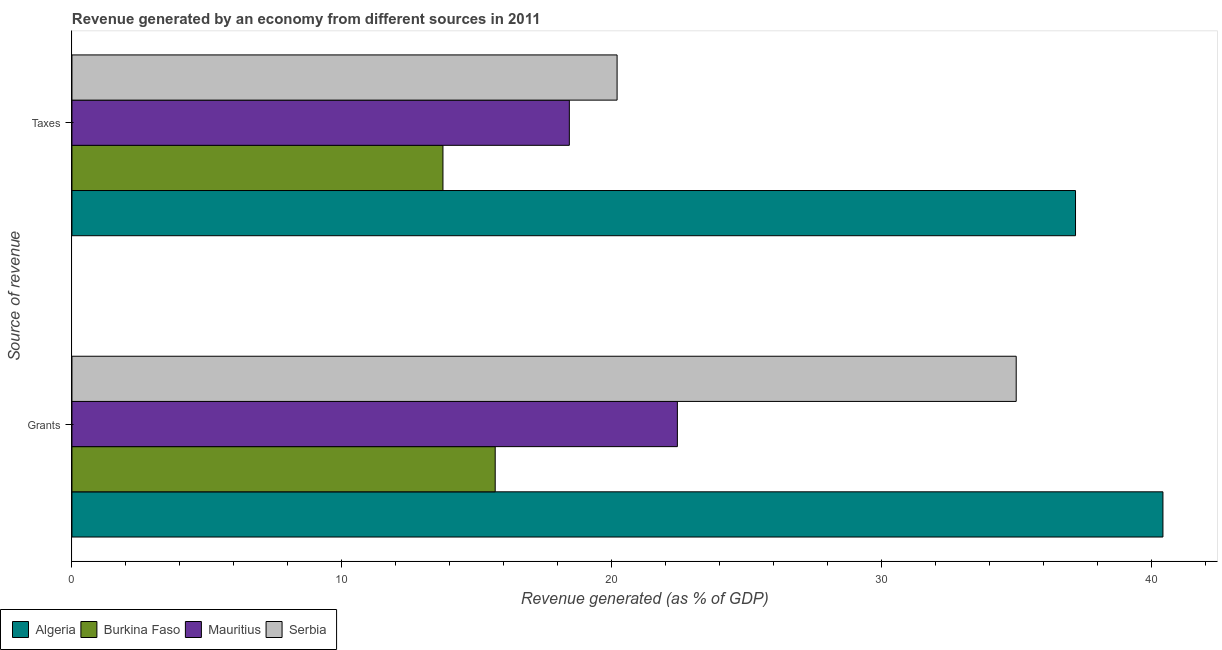
| Source of revenue | Algeria | Burkina Faso | Mauritius | Serbia |
 | --- | --- | --- | --- | --- |
 | Grants | 40.4 | 15.7 | 22.4 | 35 |
 | Taxes | 37.2 | 13.7 | 18.4 | 20.2 |